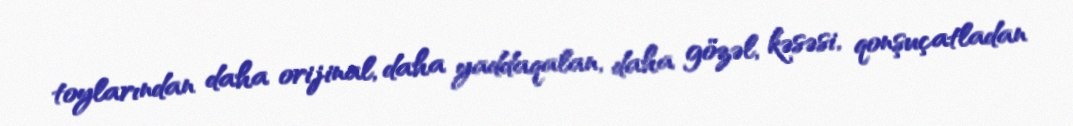
toylarından daha orijinal, daha yaddaqalan, daha gözəl, kəsəsi, qonşuçatladan